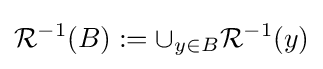
{\mathcal {R}}^{-1}(B):=\cup _{y\in B}{\mathcal {R}}^{-1}(y)